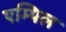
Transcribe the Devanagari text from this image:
एम्पिल